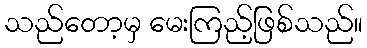
သည်တော့မှ မေးကြည့်ဖြစ်သည်။